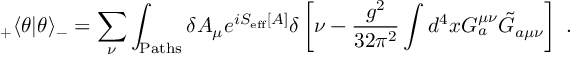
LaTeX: _ + \langle \theta | \theta \rangle _ { - } = \sum _ { \nu } \int _ { \mathrm { P a t h s } } \delta A _ { \mu } e ^ { i S _ { \mathrm { e f f } } [ A ] } \delta \left[ \nu - \frac { g ^ { 2 } } { 3 2 \pi ^ { 2 } } \int d ^ { 4 } x G _ { a } ^ { \mu \nu } \tilde { G } _ { a \mu \nu } \right] ~ .